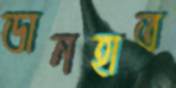
ডানহাত